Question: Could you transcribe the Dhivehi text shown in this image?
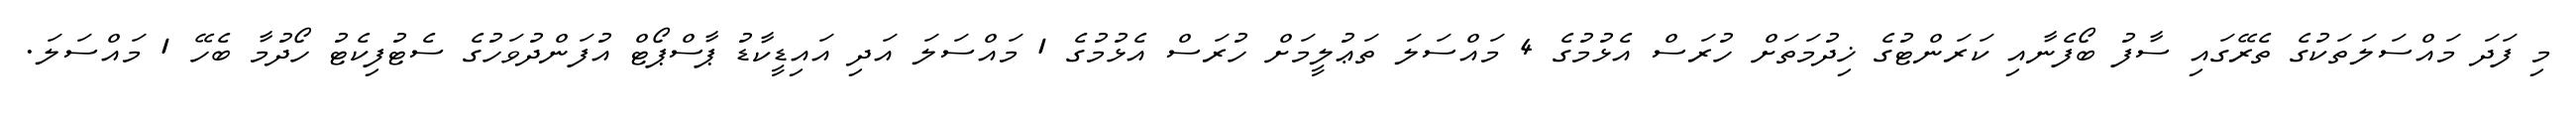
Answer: މި ފަދަ މައްސަލަތަކުގެ ތެރޭގައި ސާފު ބޯފެނާއި ކަރަންޓުގެ ޚިދުމަތަށް ހުރަސް އެޅުމުގެ 4 މައްސަލަ ތަޢުލީމަށް ހުރަސް އެޅުމުގެ 1 މައްސަލަ އަދި އައިޑީކާޑު ޕާސްޕޯޓް އުފަންދުވަހުގެ ސެޓުފިކެޓު ހޯދުމާ ބެހޭ 1 މައްސަލަ.